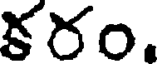
కరం.